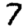
Digit: 7